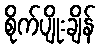
စိုက်ပျိုးချိန်